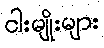
ငါးမျိုးများ